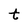
Character: t